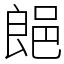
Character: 郒